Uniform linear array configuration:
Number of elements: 32
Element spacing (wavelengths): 0.25
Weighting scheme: kaiser
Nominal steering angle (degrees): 15
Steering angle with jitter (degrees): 13.018
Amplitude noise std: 0.05
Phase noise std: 0.05

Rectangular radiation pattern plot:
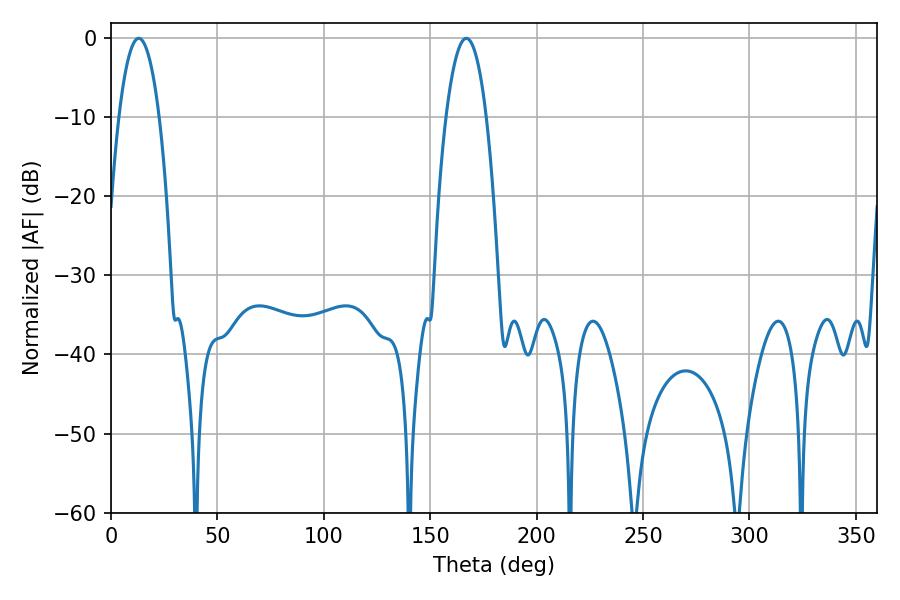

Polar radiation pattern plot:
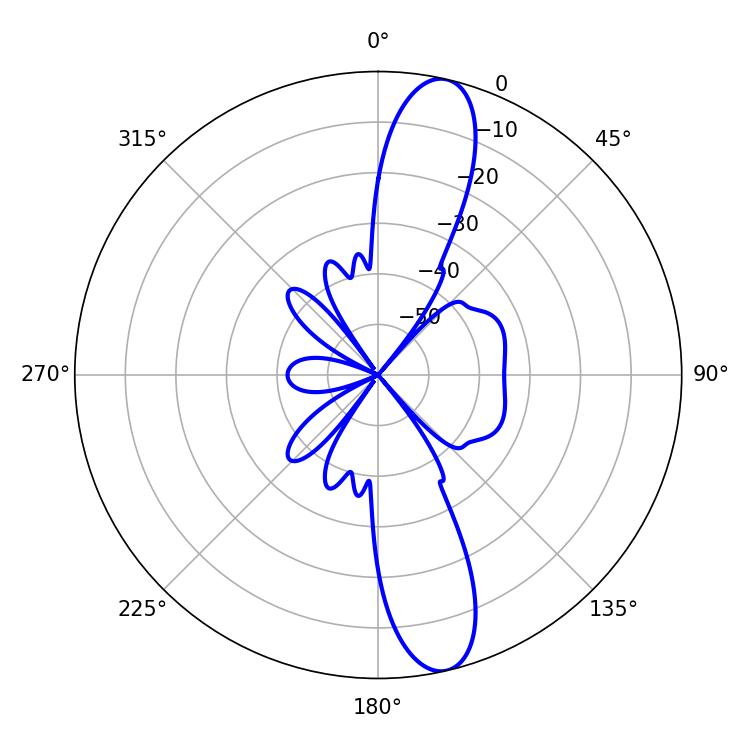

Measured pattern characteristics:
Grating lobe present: FALSE
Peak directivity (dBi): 13.524
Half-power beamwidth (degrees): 10.62
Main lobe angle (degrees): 12.96